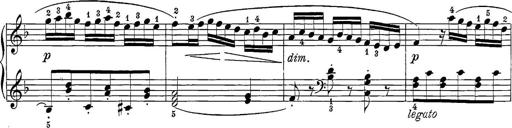
Title: 12 Sonatine per Pianoforte
Composer: Friedrich Kuhlau